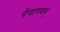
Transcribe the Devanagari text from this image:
पेंणागवम्